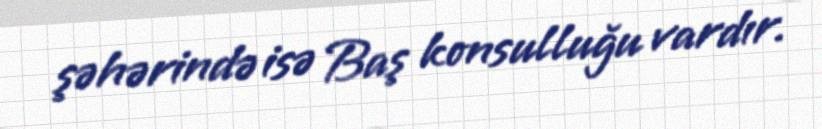
şəhərində isə Baş konsulluğu vardır.